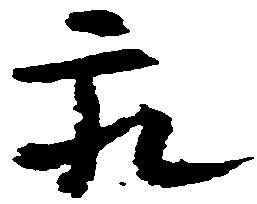
永